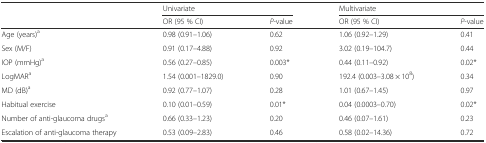
<table><thead><tr><td rowspan="2"></td><td colspan="2"><b>Univariate</b></td><td colspan="2"><b>Multivariate</b></td></tr><tr><td><b>OR (95 % CI)</b></td><td><b><i>P</i>-value</b></td><td><b>OR (95 % CI)</b></td><td><b><i>P</i>-value</b></td></tr></thead><tbody><tr><td>Age (years)<sup>a</sup></td><td>0.98 (0.91–1.06)</td><td>0.62</td><td>1.06 (0.92–1.29)</td><td>0.41</td></tr><tr><td>Sex (M/F)</td><td>0.91 (0.17–4.88)</td><td>0.92</td><td>3.02 (0.19–104.7)</td><td>0.44</td></tr><tr><td>IOP (mmHg)<sup>a</sup></td><td>0.56 (0.27–0.85)</td><td>0.003*</td><td>0.44 (0.11–0.92)</td><td>0.02*</td></tr><tr><td>LogMAR<sup>a</sup></td><td>1.54 (0.001–1829.0)</td><td>0.90</td><td>192.4 (0.003–3.08 × 10<sup>8</sup>)</td><td>0.34</td></tr><tr><td>MD (dB)<sup>a</sup></td><td>0.92 (0.77–1.07)</td><td>0.28</td><td>1.01 (0.67–1.45)</td><td>0.97</td></tr><tr><td>Habitual exercise</td><td>0.10 (0.01–0.59)</td><td>0.01*</td><td>0.04 (0.0003–0.70)</td><td>0.02*</td></tr><tr><td>Number of anti-glaucoma drugs<sup>a</sup></td><td>0.66 (0.33–1.23)</td><td>0.20</td><td>0.46 (0.07–1.61)</td><td>0.23</td></tr><tr><td>Escalation of anti-glaucoma therapy</td><td>0.53 (0.09–2.83)</td><td>0.46</td><td>0.58 (0.02–14.36)</td><td>0.72</td></tr></tbody></table>